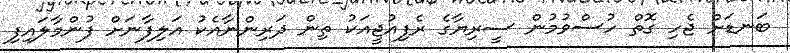
ބަނޑަށް ޖެހި ގޮތް ހުސްވުމުން ސީރިޔާގެ ރެފިއުޖީއަކު ތިން ދަރިންނާއެކު އަލިފާނަށް ފުންމާލައިފި